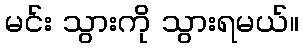
မင်း သွားကို သွားရမယ်။